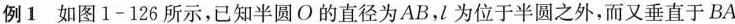
例1 如图1-126所示，已知半圆O的直径为AB，l为位于半圆之外，而又垂直于BA